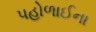
પહોળાઈના